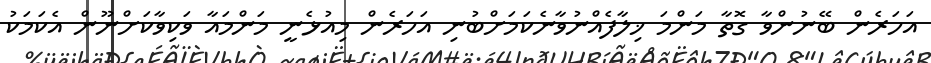
އަހަރެން ބޭނުންވާ ގޮތާ މަންމަ ޚިލާފެއްނުވާނެކަމަށްބުނި އަހަރެން މިއުޅެނީ މަންމައާ ވަކިވާކަށްނޫން އެކަމަކު